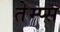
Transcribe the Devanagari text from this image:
तेम्प्स